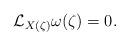
LaTeX: \begin{align*} \mathcal{L}_{X(\zeta)} \omega(\zeta) = 0 \mathrlap{.}\end{align*}